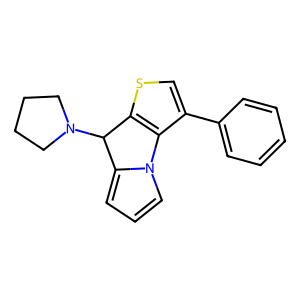
SMILES: c1ccc(-c2csc3c2-n2cccc2C3N2CCCC2)cc1
Inhibits HIV replication: No